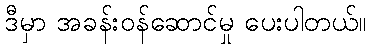
ဒီမှာ အခန်းဝန်ဆောင်မှု ပေးပါတယ်။